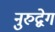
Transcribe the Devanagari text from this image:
नुरुद्वेग